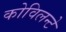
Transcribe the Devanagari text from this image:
कोविलन्टे